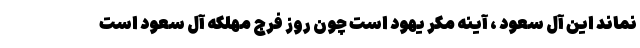
نماند این آل سعود ، آینه مکر یهود است چون روز فرج مهلکه آل سعود است